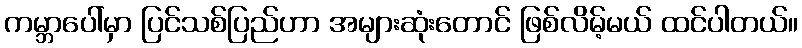
ကမ္ဘာပေါ်မှာ ပြင်သစ်ပြည်ဟာ အများဆုံးတောင် ဖြစ်လိမ့်မယ် ထင်ပါတယ်။